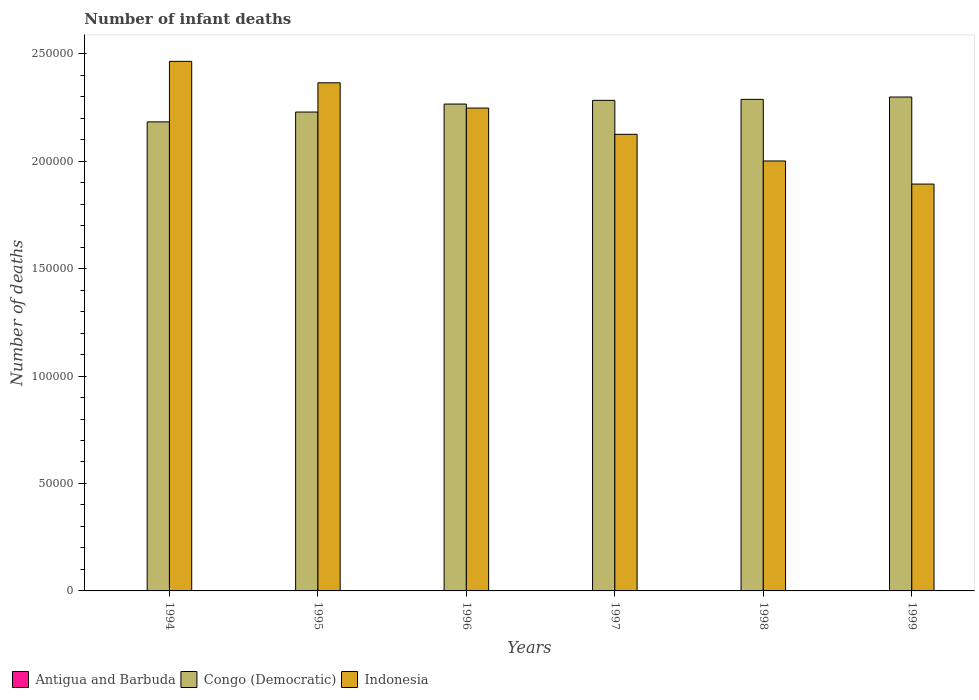
| Years | Antigua and Barbuda | Congo (Democratic) | Indonesia |
 | --- | --- | --- | --- |
 | 1994 | 22 | 2.18e+05 | 2.46e+05 |
 | 1995 | 22 | 2.23e+05 | 2.36e+05 |
 | 1996 | 22 | 2.27e+05 | 2.25e+05 |
 | 1997 | 22 | 2.28e+05 | 2.13e+05 |
 | 1998 | 23 | 2.29e+05 | 2e+05 |
 | 1999 | 23 | 2.3e+05 | 1.89e+05 |